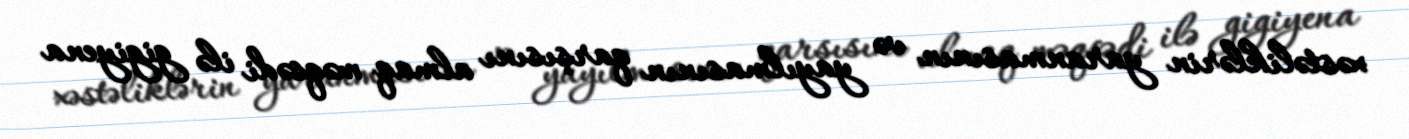
xəstəliklərin yaranmasının və yayılmasının qarşısını almaq məqsədi ilə gigiyena